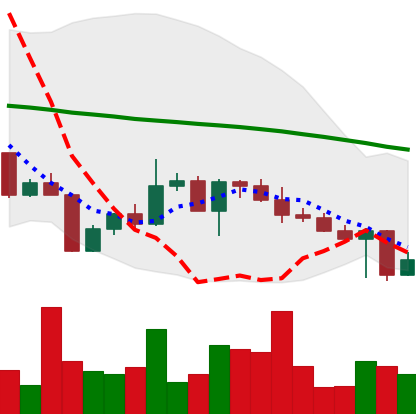
Ticker: XLM-USD
Chart end date: 2022-04-27
Forward return: -5.784%
Label: down_5_7